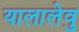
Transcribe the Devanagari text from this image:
यालालेवु